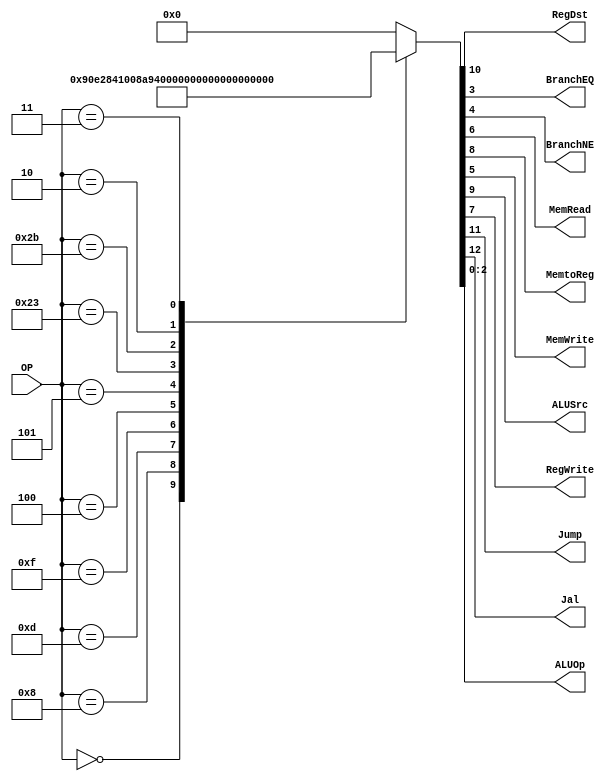
/******************************************************************
* Description
*	This is control unit for the MIPS processor. The control unit is 
*	in charge of generation of the control signals. Its only input 
*	corresponds to opcode from the instruction.
*	1.0
* Author:
*	Dr. Jos Luis Pizano Escalante
* email:
*	luispizano@iteso.mx
* Date:
*	01/03/2014
******************************************************************/
module Control
(
	input [5:0]OP,
	
	output RegDst,
	output BranchEQ,
	output BranchNE,
	output MemRead,
	output MemtoReg,
	output MemWrite,
	output ALUSrc,
	output RegWrite,
	output Jump,
	output Jal,
	output [2:0]ALUOp
	
	
);
localparam R_Type = 0;
//localparam R_Type_JR = 0;
localparam I_Type_ADDI = 6'h08;
localparam I_Type_ORI  = 6'h0d;
localparam I_Type_LUI  = 6'hf;
localparam I_Type_ANDI = 6'h0c;
localparam I_Type_LW   = 6'h23;
localparam I_Type_SW	  = 6'h2b;
localparam I_Type_BEQ  = 6'h04;
localparam I_Type_BNE  = 6'h05;
localparam J_Type_J    = 6'h02;
localparam J_Type_JAL  = 6'h03;
//localparam R_Type_JR     = 9'b0111_001000;


reg [13:0] ControlValues;

always@(OP) begin
	casex(OP)
	   R_Type:       ControlValues= 13'b0_01_001_00_00_111;
		
		//R_Type_JR:    ControlValues= 13'b10_01_001_00_00_111;
		
		
		I_Type_ADDI:  ControlValues= 13'b0_00_101_00_00_100;
		I_Type_ORI:   ControlValues= 13'b0_00_100_00_00_001;
	   I_Type_LUI:   ControlValues= 13'b0_00_101_01_00_101;
 		
		
		I_Type_BEQ:   ControlValues= 13'b0_00_000_00_01_001;
		I_Type_BNE:   ControlValues= 13'b0_00_000_00_10_001;
		I_Type_LW:	  ControlValues= 13'b0_00_111_10_00_011;
		I_Type_SW:	  ControlValues= 13'b0_00_100_01_00_011;
		
		J_Type_J:	  ControlValues= 13'b0_10_000_00_00_000;
		J_Type_JAL:	  ControlValues= 13'b1_11_001_00_00_000;
		
		default:
			ControlValues= 13'b0000000000000;
		endcase
end	
//assign JR = ControlValues[13];

assign Jal = ControlValues[12];	
assign Jump = ControlValues[11];	

assign RegDst = ControlValues[10];
assign ALUSrc = ControlValues[9];

assign MemtoReg = ControlValues[8];
assign RegWrite = ControlValues[7];

assign MemRead = ControlValues[6];
assign MemWrite = ControlValues[5];

assign BranchNE = ControlValues[4];
assign BranchEQ = ControlValues[3];

assign ALUOp = ControlValues[2:0];	

endmodule